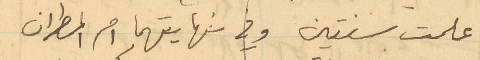
علمت سنتين وفي نهايتهما امر المطران